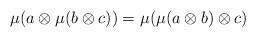
\begin{align*}\mu(a \otimes \mu(b \otimes c)) = \mu(\mu(a \otimes b) \otimes c)\end{align*}